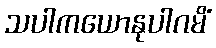
သပါကယောနုပါဂမိံ